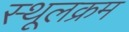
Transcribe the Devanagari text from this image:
स्थूलक्रम